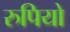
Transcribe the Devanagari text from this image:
रुपियो